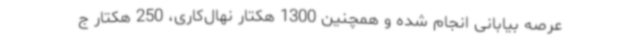
عرصه بیابانی انجام شده و همچنین 1300 هکتار نهال‌کاری، 250 هکتار ج